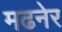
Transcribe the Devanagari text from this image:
मढनेर